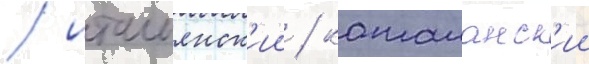
/ итальянск'ии / каталанск'ии